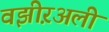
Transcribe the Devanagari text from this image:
वझीऱअली